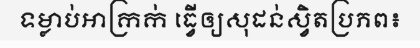
ទម្លាប់អាក្រក់ ធ្វើឲ្យសុដន់ស្វិតប្រភព៖